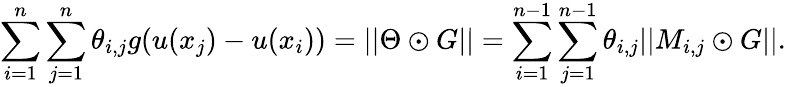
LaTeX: \sum_{i=1}^{n}\sum_{j=1}^{n}\theta_{i,j}g(u(x_{j})-u(x_{i}))=||\Theta\odot G||=\sum_{i=1}^{n-1}\sum_{j=1}^{n-1}\theta_{i,j}||M_{i,j}\odot G||.